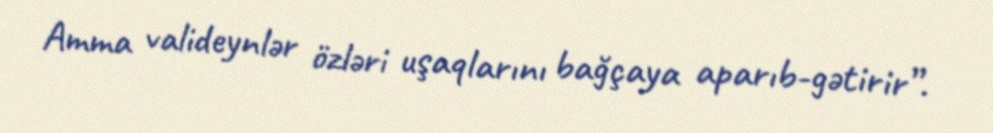
Amma valideynlər özləri uşaqlarını bağçaya aparıb-gətirir”.